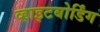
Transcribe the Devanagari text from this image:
व्हाइटबोर्डिंग